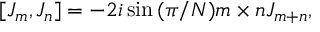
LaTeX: [ J _ { m } , J _ { n } ] = - 2 i \sin { ( \pi / N ) m \times n } J _ { m + n } ,